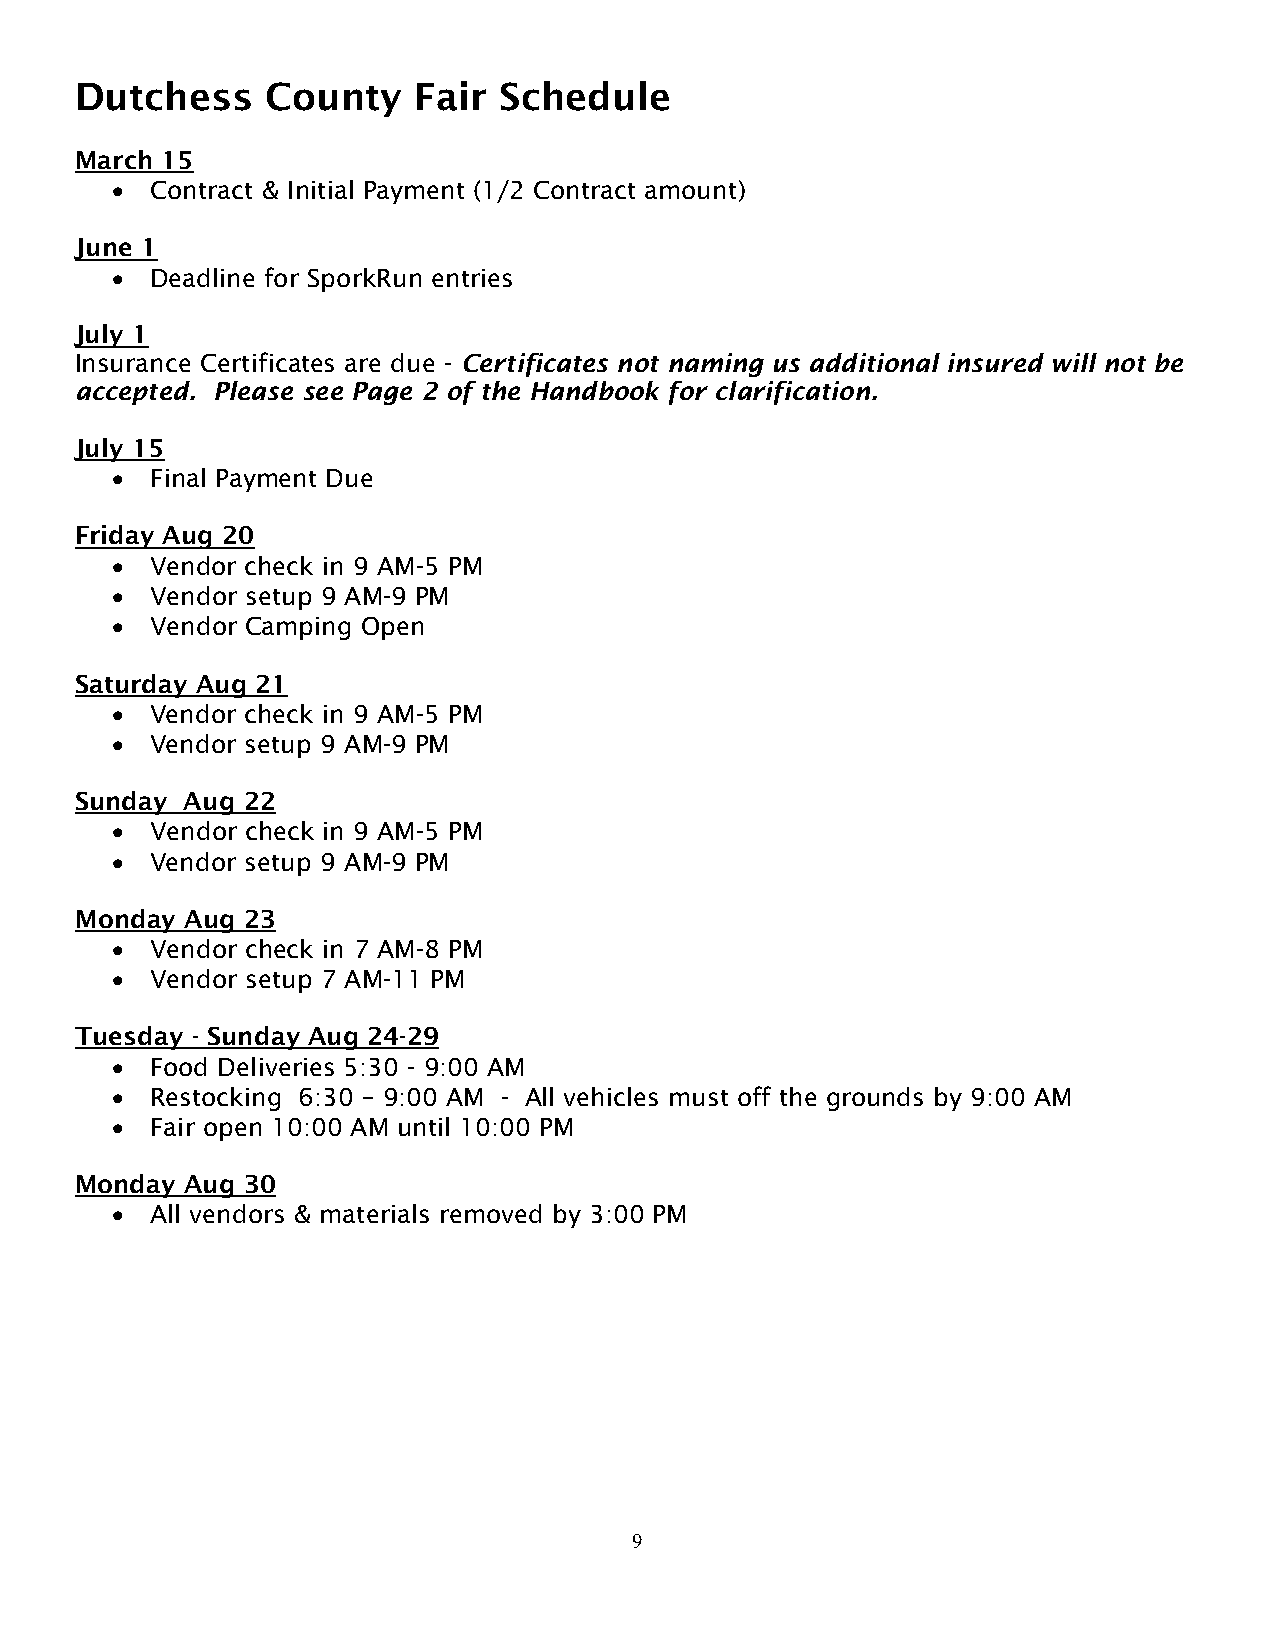
Dutchess     County   Fair  Schedule
 March 15
 •  Contract & Initial Payment (1/2 Contract amount)
 June 1
 •  Deadline for SporkRun entries
 July 1
 Insurance Certificates are due - Certificates not naming us additional insured will not be
 accepted. Please see Page 2 of the Handbook for clarification.
 July 15
 •  Final Payment Due
 Friday Aug 20
 •  Vendor check in 9 AM-5 PM
 •  Vendor setup 9 AM-9 PM
 •  Vendor Camping Open
 Saturday Aug 21
 •  Vendor check in 9 AM-5 PM
 •  Vendor setup 9 AM-9 PM
 Sunday Aug 22
 •  Vendor check in 9 AM-5 PM
 •  Vendor setup 9 AM-9 PM
 Monday Aug 23
 •  Vendor check in 7 AM-8 PM
 •  Vendor setup 7 AM-11 PM
 Tuesday - Sunday Aug 24-29
 •  Food Deliveries 5:30 - 9:00 AM
 •  Restocking 6:30 – 9:00 AM - All vehicles must off the grounds by 9:00 AM
 •  Fair open 10:00 AM until 10:00 PM
 Monday Aug 30
 •  All vendors & materials removed by 3:00 PM
 9